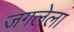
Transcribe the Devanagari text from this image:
जगलेला